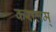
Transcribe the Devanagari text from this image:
करालम्